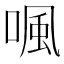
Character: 𠷕